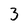
Character: 3